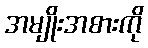
အမျိုးအစားကို